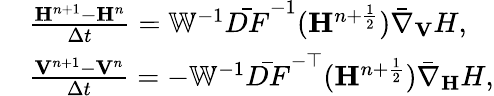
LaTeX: \begin{array}{rl}&{\frac{{\mathbf H}^{n+1}-{\mathbf H}^{n}}{\Delta t}={\mathbb{W}}^{-1}\bar{DF}^{-1}({\mathbf H}^{n+\frac{1}{2}})\bar{\nabla}_{\mathbf{V}}H,}\\ &{\frac{{\mathbf V}^{n+1}-{\mathbf V}^{n}}{\Delta t}=-{\mathbb{W}}^{-1}\bar{DF}^{-\top}({\mathbf H}^{n+\frac{1}{2}})\bar{\nabla}_{\mathbf{H}}H,}\end{array}